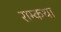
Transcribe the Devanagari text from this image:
राम्कथा